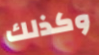
وكذلك